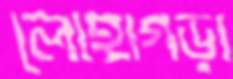
লোহাগড়া